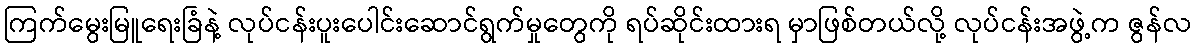
ကြက်မွေးမြူရေးခြံနဲ့ လုပ်ငန်းပူးပေါင်းဆောင်ရွက်မှုတွေကို ရပ်ဆိုင်းထားရ မှာဖြစ်တယ်လို့ လုပ်ငန်းအဖွဲ့က ဇွန်လ